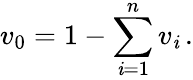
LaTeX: v_{0}=1-\sum_{\mathit{i}=1}^{n}v_{\mathit{i}}\, .